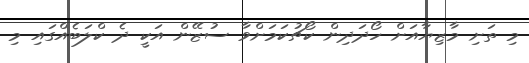
މި ތަށި މާޒިޔާއަށް ހޯދަދިން ކޯޗުކަމަށްވާ ސުޒޭން އަކީ ދެ ކްލަބެއްގައި މި